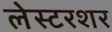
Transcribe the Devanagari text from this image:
लेस्टरशर